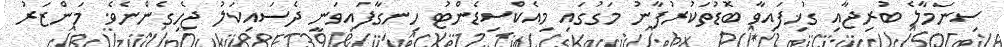
ސިނަމާލެ ބުރިޖާއި ގުޚިފައިވާ ބޮޑުތަކުރުފާނު މަގުގައި މިއެކްސިޑެންޓު ހިނގާފައިވަނީ ދެސައިކަލު ޖެހިގެންނެވެ. މަންޒަރު